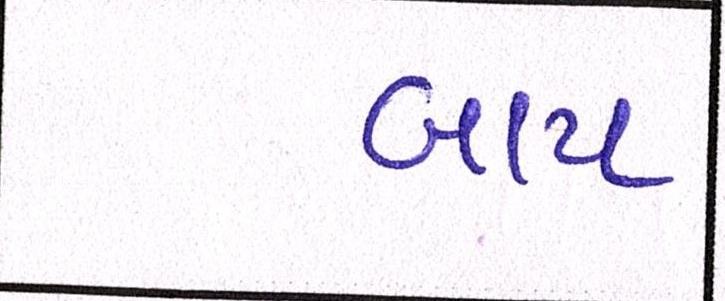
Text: બાપ